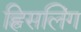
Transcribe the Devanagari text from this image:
ह्विसलिंग